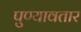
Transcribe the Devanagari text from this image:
पुण्यावतार